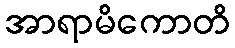
အာရာမိကောတိ